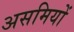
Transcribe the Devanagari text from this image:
असमियों